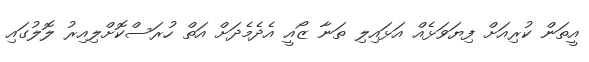
އީތަން ކުރިއަށް ފިޔަވަޅެއް އަޅައިލި ތަނާ ޒޯއީ އެދެމެދަށް އަތް ހުރަސްކޮށްލިއިރު ލޮލުގައި